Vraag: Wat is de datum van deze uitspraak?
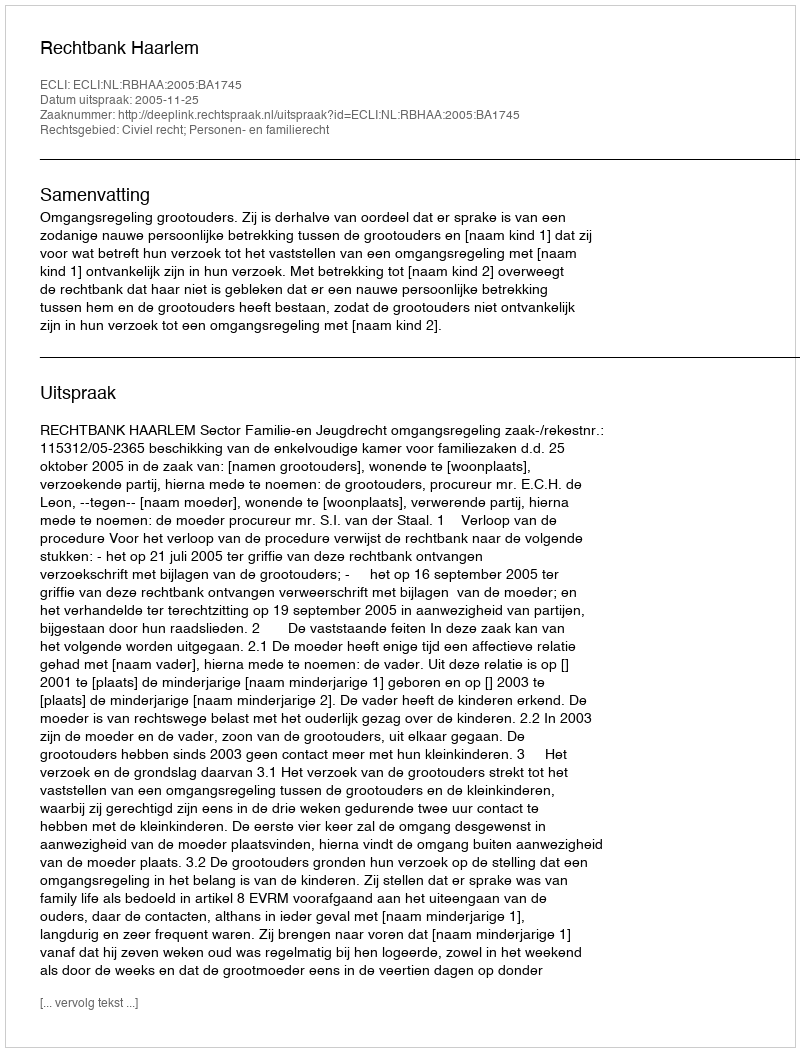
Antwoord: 2005-11-25